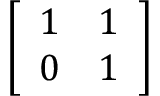
\left[ \begin{array} { l l } { 1 } & { 1 } \\ { 0 } & { 1 } \end{array} \right]